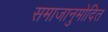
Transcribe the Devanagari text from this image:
समाजानुमोदित